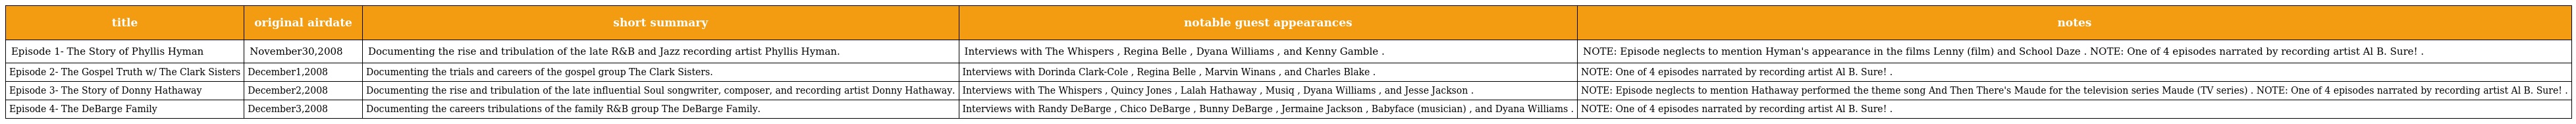
| title | original airdate | short summary | notable guest appearances | notes |
 | --- | --- | --- | --- | --- |
 | Episode 1- The Story of Phyllis Hyman | November30,2008 | Documenting the rise and tribulation of the late R&B and Jazz recording artist Phyllis Hyman. | Interviews with The Whispers , Regina Belle , Dyana Williams , and Kenny Gamble . | NOTE: Episode neglects to mention Hyman's appearance in the films Lenny (film) and School Daze . NOTE: One of 4 episodes narrated by recording artist Al B. Sure! . |
 | Episode 2- The Gospel Truth w/ The Clark Sisters | December1,2008 | Documenting the trials and careers of the gospel group The Clark Sisters. | Interviews with Dorinda Clark-Cole , Regina Belle , Marvin Winans , and Charles Blake . | NOTE: One of 4 episodes narrated by recording artist Al B. Sure! . |
 | Episode 3- The Story of Donny Hathaway | December2,2008 | Documenting the rise and tribulation of the late influential Soul songwriter, composer, and recording artist Donny Hathaway. | Interviews with The Whispers , Quincy Jones , Lalah Hathaway , Musiq , Dyana Williams , and Jesse Jackson . | NOTE: Episode neglects to mention Hathaway performed the theme song And Then There's Maude for the television series Maude (TV series) . NOTE: One of 4 episodes narrated by recording artist Al B. Sure! . |
 | Episode 4- The DeBarge Family | December3,2008 | Documenting the careers tribulations of the family R&B group The DeBarge Family. | Interviews with Randy DeBarge , Chico DeBarge , Bunny DeBarge , Jermaine Jackson , Babyface (musician) , and Dyana Williams . | NOTE: One of 4 episodes narrated by recording artist Al B. Sure! . |